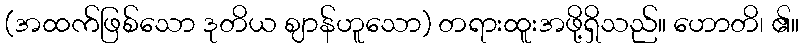
(အထက်ဖြစ်သော ဒုတိယ ဈာန်ဟူသော) တရားထူးအဖို့ရှိသည်။ ဟောတိ၊ ၏။